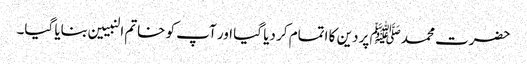
حضرت محمدﷺ پر دین کا اتمام کر دیا گیا اور آپ کو خاتم النبیین بنایا گیا۔